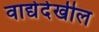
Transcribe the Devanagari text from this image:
वाद्येदेखील